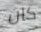
كان